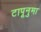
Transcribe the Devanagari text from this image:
टापूनुमा